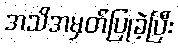
အသိအမှတ်ပြုခဲ့ပြီး